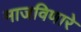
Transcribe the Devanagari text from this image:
माजविणारे